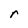
Character: r